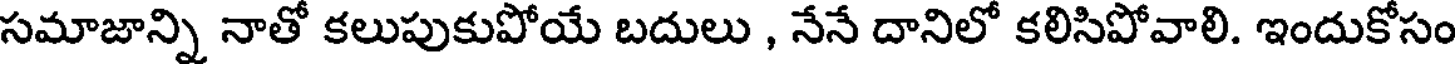
సమాజాన్ని నాతో కలుపుకుపోయే బదులు , నేనే దానిలో కలిసిపోవాలి. ఇందుకోసం